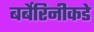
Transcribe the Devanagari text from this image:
बर्बेरिनीकडे